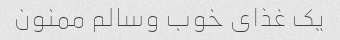
یک غذای خوب وسالم ممنون